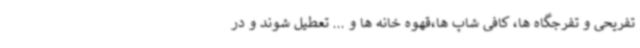
تفریحی و تفرجگاه ها، کافی شاپ ها،قهوه خانه ها و ... تعطیل شوند و در